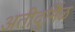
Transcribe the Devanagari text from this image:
अतीदुर्मिळ